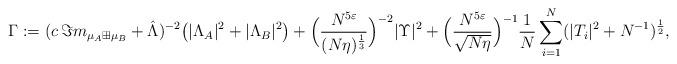
LaTeX: \begin{align*}\Gamma:=(c\,\Im m_{\mu_A\boxplus\mu_B}+\hat{\Lambda})^{-2}\big(|\Lambda_A|^2+|\Lambda_B|^2\big)+\Big(\frac{N^{5\varepsilon}}{(N\eta)^{\frac13}}\Big)^{-2}|\Upsilon|^2+\Big(\frac{N^{5\varepsilon}}{\sqrt{N\eta}}\Big)^{-1} \frac{1}{N}\sum_{i=1}^N (| T_{i}|^2+N^{-1})^{\frac12}, \end{align*}